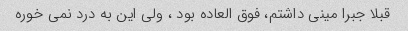
قبلا جبرا مینی داشتم، فوق العاده بود ، ولی این به درد نمی خوره